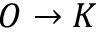
O \to K